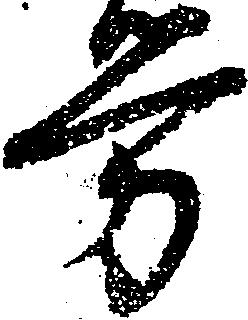
労